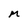
Character: M